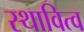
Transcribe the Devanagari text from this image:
स्थावित्व